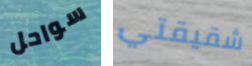
سواحل شقيقتي